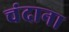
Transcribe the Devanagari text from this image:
चंदाना